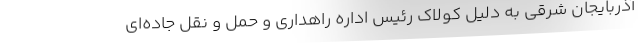
آذربایجان شرقی به دلیل کولاک رئیس اداره راهداری و حمل و نقل جاده‌ای